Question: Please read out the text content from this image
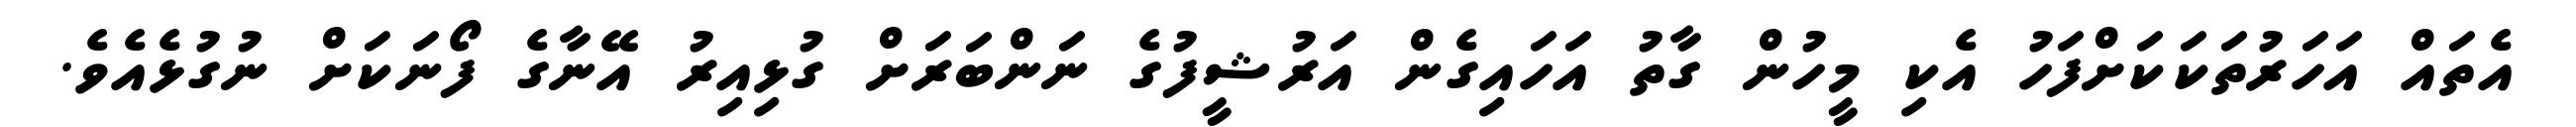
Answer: އެތައް އަހަރުތަކަކަށްފަހު އެކި މީހުން ގާތު އަހައިގެން އަރުޝީފުގެ ނަންބަރަށް ގުޅިއިރު އޭނާގެ ފޯނަކަށް ނުގުޅެއެވެ.